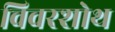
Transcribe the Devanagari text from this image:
विवरशोथ